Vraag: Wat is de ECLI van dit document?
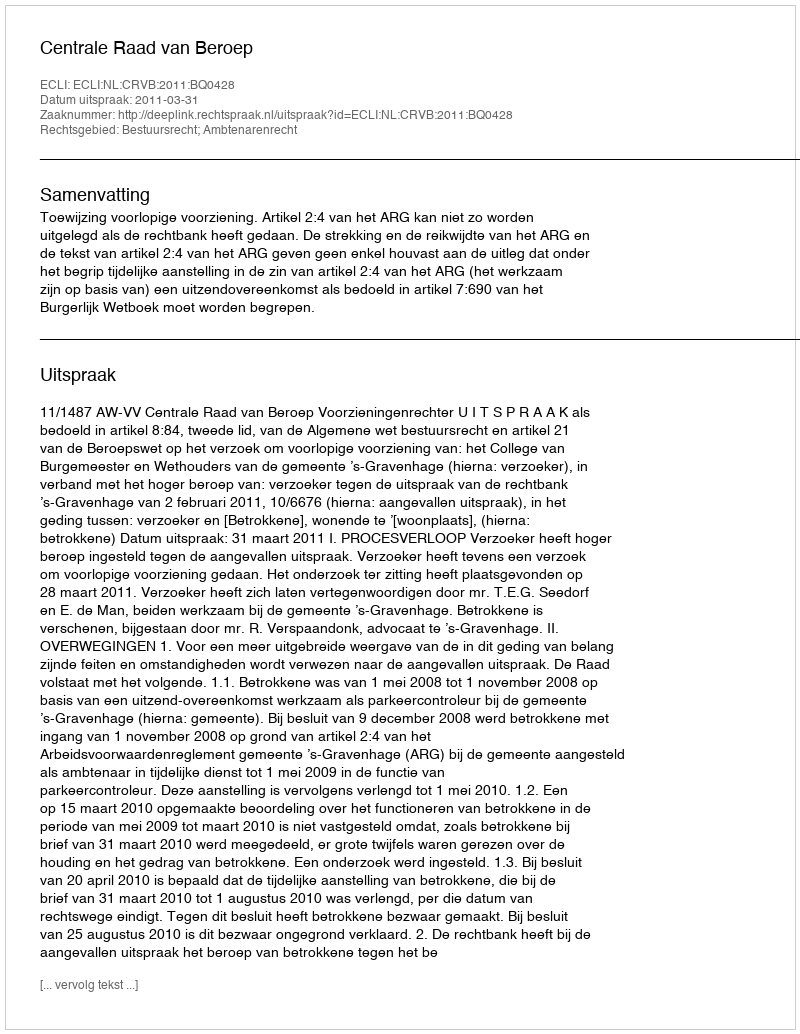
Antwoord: ECLI:NL:CRVB:2011:BQ0428